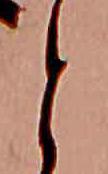
と